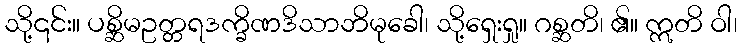
သို့၎င်း။ ပစ္ဆိမဥတ္တရဒက္ခိဏဒိသာဘိမုခေါ၊ သို့ရှေးရှု။ ဂစ္ဆတိ၊ ၏။ ဣတိ ဝါ၊